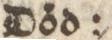
Död: